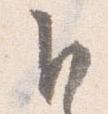
卜